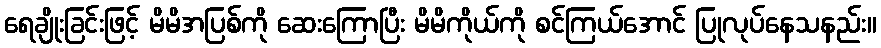
ရေချိုးခြင်းဖြင့် မိမိအပြစ်ကို ဆေးကြောပြီး မိမိကိုယ်ကို စင်ကြယ်အောင် ပြုလုပ်နေသနည်း။